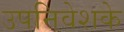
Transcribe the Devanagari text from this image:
उपनिवेशके